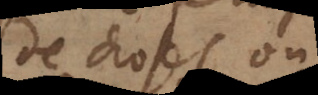
de choses ou